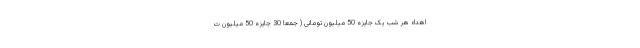
اهداء هر شب یک جایزه 50 میلیون تومانی ( جمعا 30 جایزه 50 میلیون ت